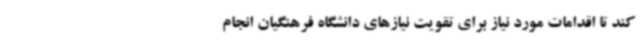
کند تا اقدامات مورد نیاز برای تقویت نیازهای دانشگاه فرهنگیان انجام